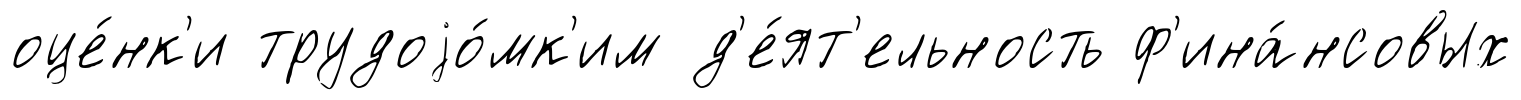
оце́нк'и трудоjо́мк'им д'е́ят'ельность ф'ина́нсовых